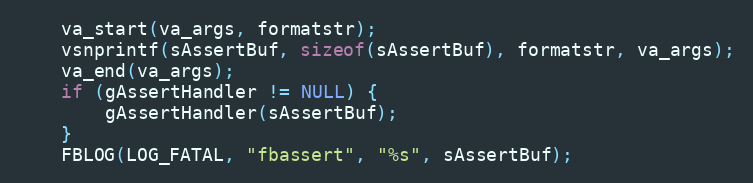
Language: C++
    va_start(va_args, formatstr);
    vsnprintf(sAssertBuf, sizeof(sAssertBuf), formatstr, va_args);
    va_end(va_args);
    if (gAssertHandler != NULL) {
        gAssertHandler(sAssertBuf);
    }
    FBLOG(LOG_FATAL, "fbassert", "%s", sAssertBuf);